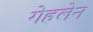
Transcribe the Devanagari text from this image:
गेहलेन